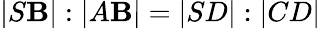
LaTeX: |S\mathbf{B}|:|A\mathbf{B}|=|SD|:|CD|